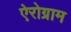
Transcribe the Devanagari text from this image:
ऐरोग्राम